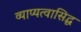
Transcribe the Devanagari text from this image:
व्याप्यत्वासिद्ध